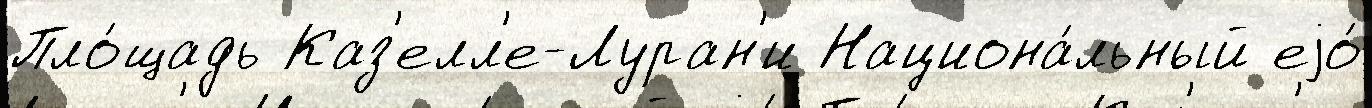
Пло́щадь Каз'елл'е-Луран'и Национа́льный еjо́